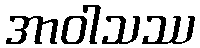
အာဝါသဿ